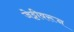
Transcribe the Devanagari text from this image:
जेट्टीवरून